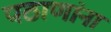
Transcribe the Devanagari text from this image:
पठाणांना